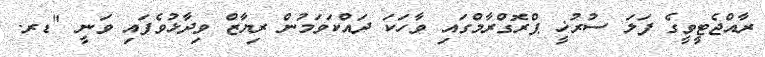
ރާއްޖެޓީވީގެ ފަލަ ސުރުޚީ ޕްރޮގްރާމްގައި ވާހަކަ ދައްކަވަމުން ރިޔާޒް ވިދާޅުވެފައި ވަނީ "ޑރ.